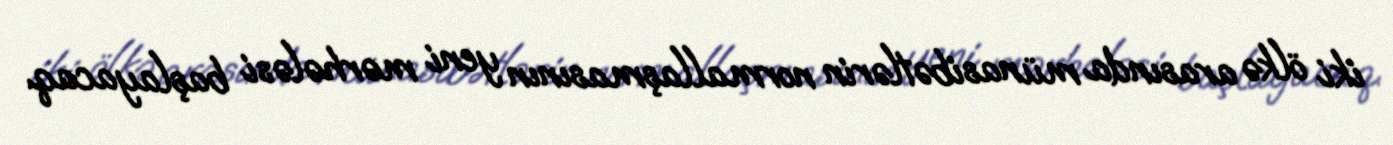
iki ölkə arasında münasibətlərin normallaşmasının yeni mərhələsi başlayacaq.